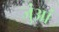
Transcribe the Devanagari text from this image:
जुंआं